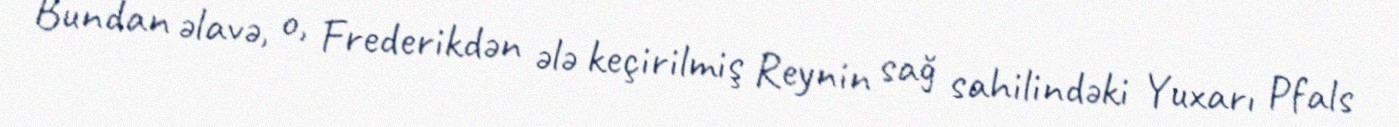
Bundan əlavə, o, Frederikdən ələ keçirilmiş Reynin sağ sahilindəki Yuxarı Pfals